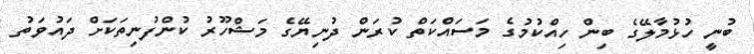
ބުނީ ހުޅުމާލޭގެ ބިން ހިއްކުމުގެ މަސައްކަތް ކުރަން ދުނިޔޭގެ މަޝްހޫރު ކުންފުނިތަކަށް ދައުވަތު